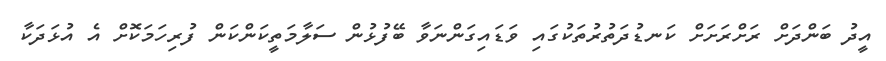
އީދު ބަންދަށް ރަށްރަށަށް ކަނޑުދަތުރުތަކުގައި ވަޑައިގަންނަވާ ބޭފުޅުން ސަލާމަތީކަންކަން ފުރިހަމަކޮށް އެ އުޅަދަކާ